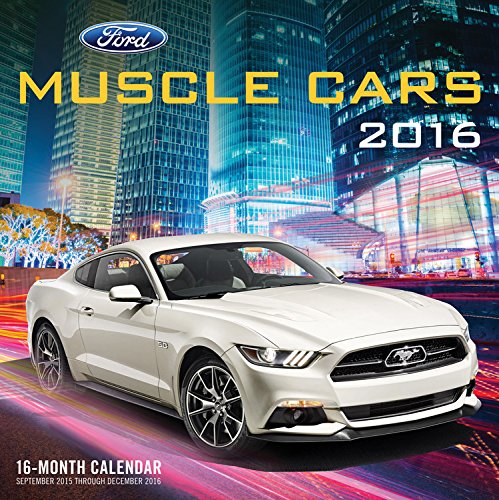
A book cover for Ford Muscle Cars 2016: 16-Month Calendar September 2015 through December 2016; Calendars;